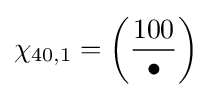
\chi _{40,1}=\left({\frac {100}{\bullet }}\right)